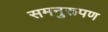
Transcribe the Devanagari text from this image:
समनुरूपण